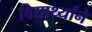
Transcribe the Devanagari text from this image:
विद्यार्थ्यांने